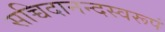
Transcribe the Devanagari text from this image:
सच्चिदानन्दस्वरूपं